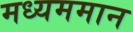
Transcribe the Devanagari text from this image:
मध्यममान